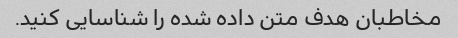
مخاطبان هدف متن داده شده را شناسایی کنید.